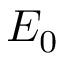
E _ { 0 }